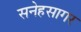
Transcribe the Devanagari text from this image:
सनेहसागर